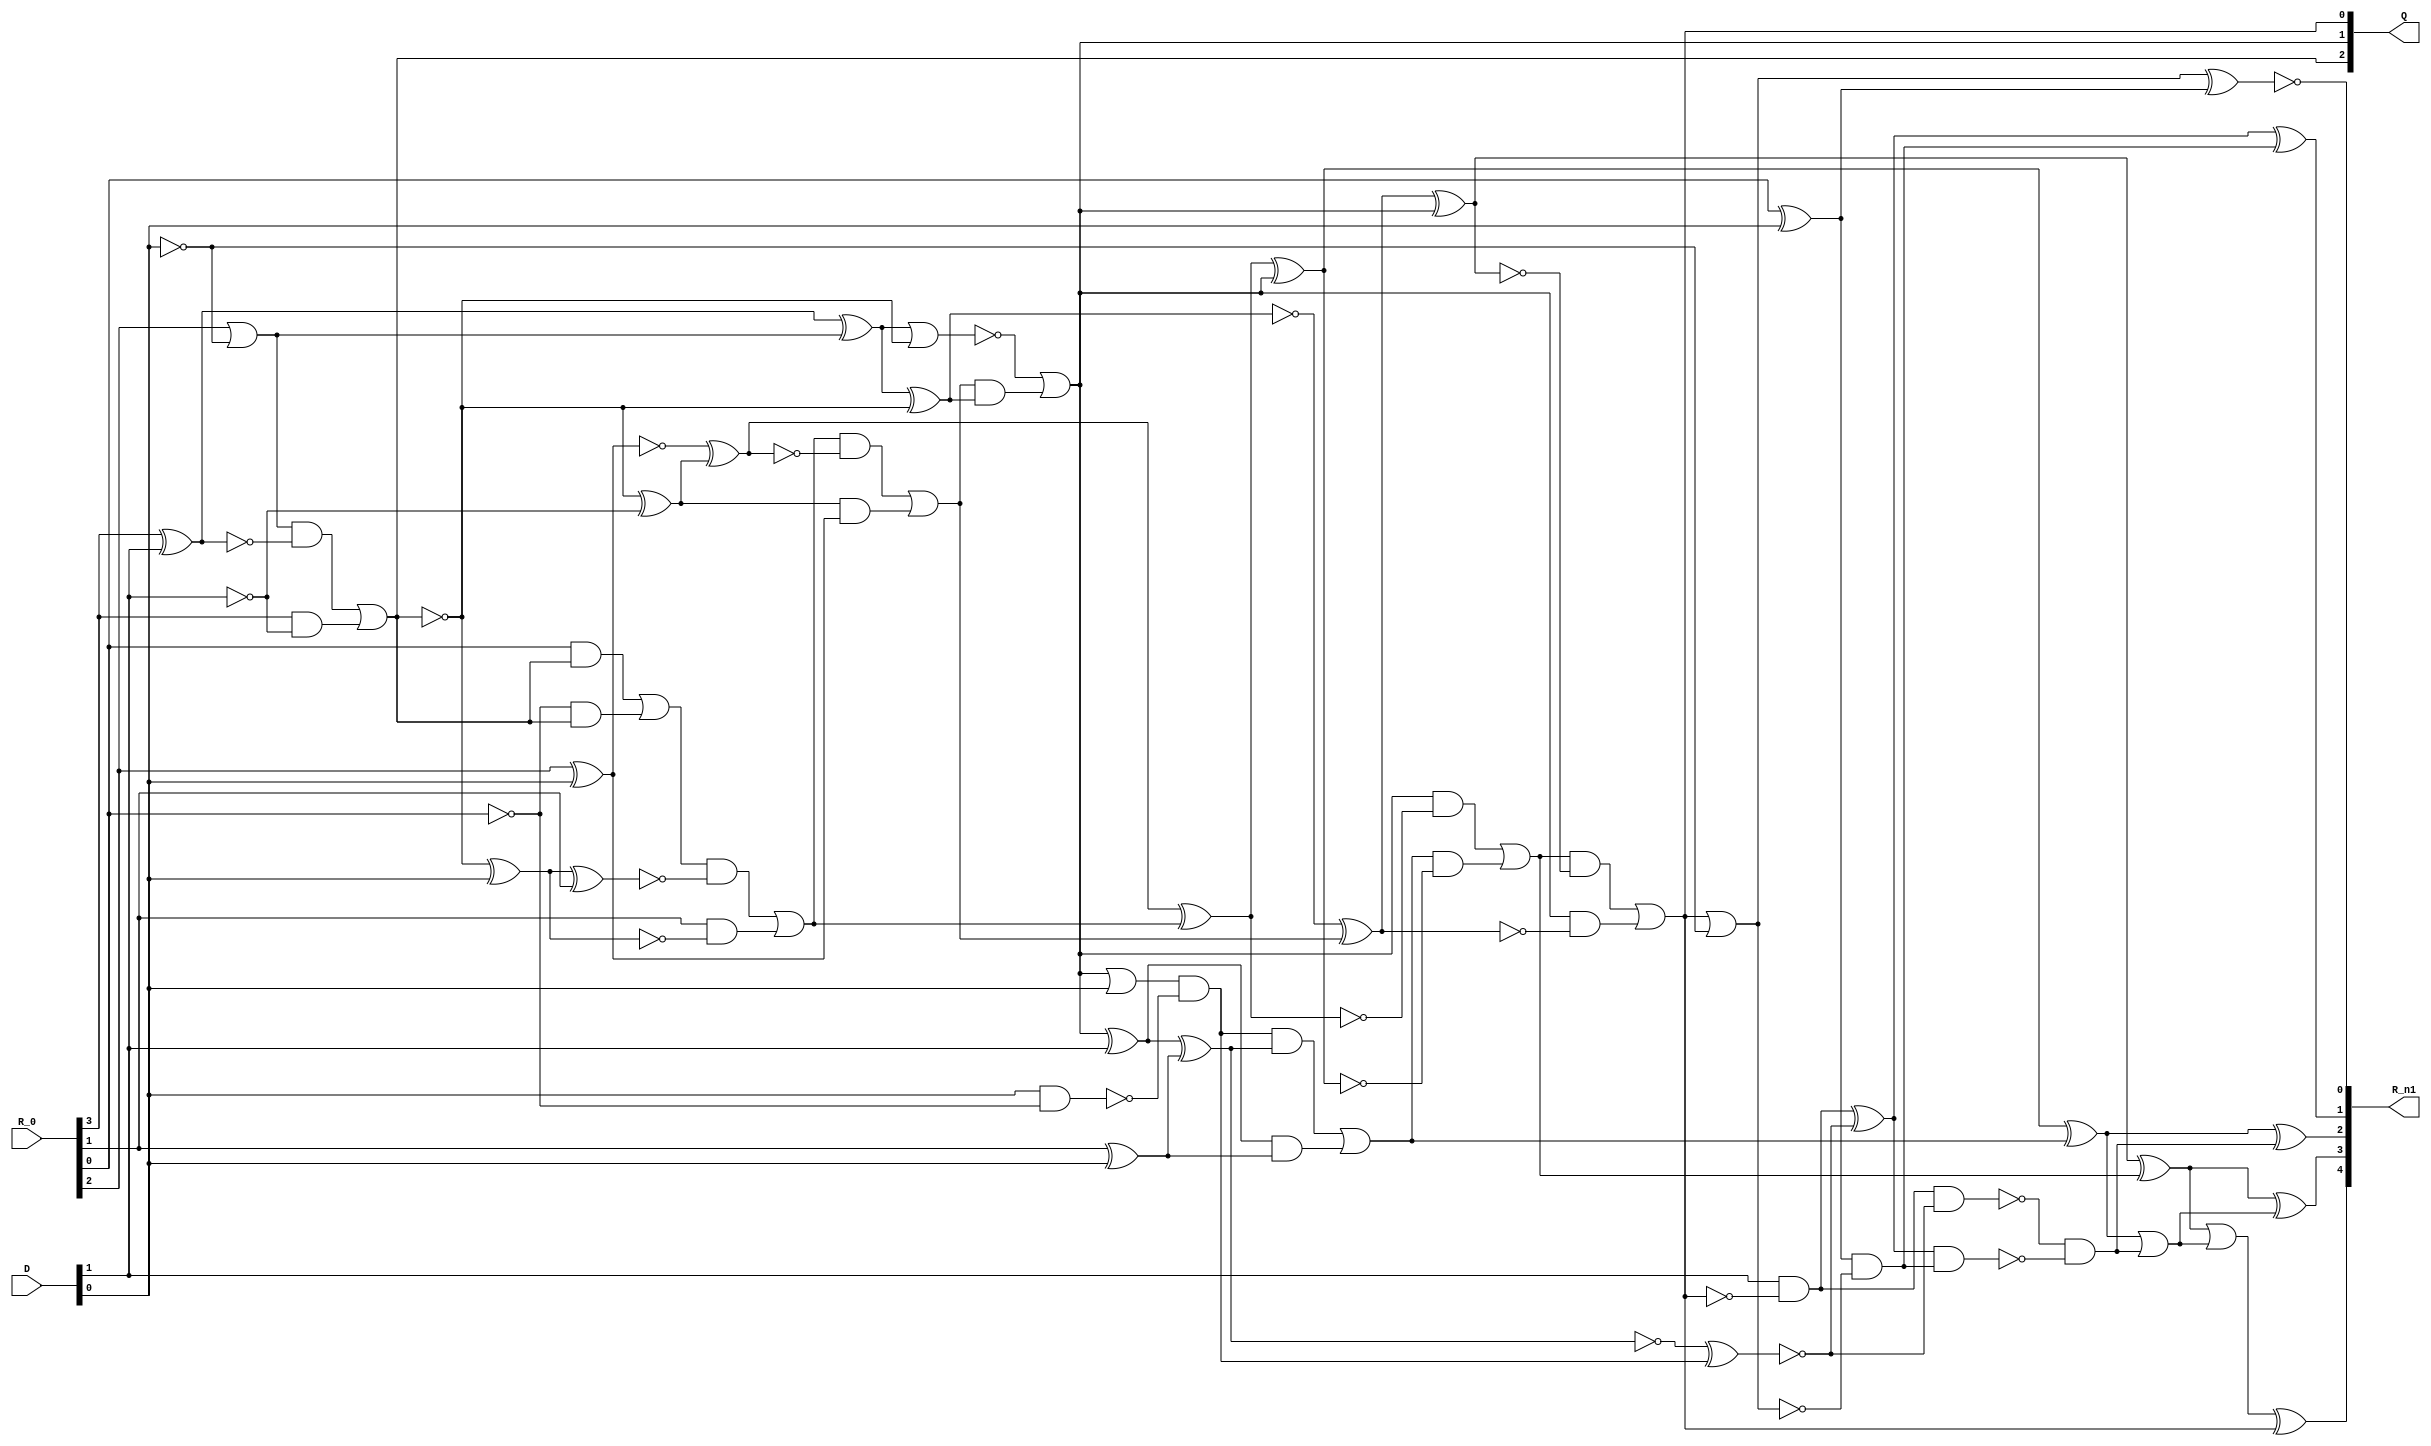
module nonresdiv(D, R_0, Q, R_n1);
  input [1:0] D;
  output [2:0] Q;
  input [3:0] R_0;
  output [4:0] R_n1;
  wire _000_;
  wire _001_;
  wire _002_;
  wire _003_;
  wire _004_;
  wire _005_;
  wire _006_;
  wire _007_;
  wire _008_;
  wire _009_;
  wire _010_;
  wire _011_;
  wire _012_;
  wire _013_;
  wire _014_;
  wire _015_;
  wire _016_;
  wire _017_;
  wire _018_;
  wire _019_;
  wire _020_;
  wire _021_;
  wire _022_;
  wire _023_;
  wire _024_;
  wire _025_;
  wire _026_;
  wire _027_;
  wire _028_;
  wire _029_;
  wire _030_;
  wire _031_;
  wire _032_;
  wire _033_;
  wire _034_;
  wire _035_;
  wire _036_;
  wire _037_;
  wire _038_;
  wire _039_;
  wire _040_;
  wire _041_;
  wire _042_;
  wire _043_;
  wire _044_;
  wire _045_;
  wire _046_;
  wire _047_;
  wire _048_;
  wire _049_;
  wire _050_;
  wire _051_;
  wire _052_;
  wire _053_;
  wire _054_;
  wire _055_;
  wire _056_;
  assign _000_ = R_0[3] & ~(D[1]);
  assign _001_ = R_0[2] | ~(D[0]);
  assign _002_ = R_0[3] ^ D[1];
  assign _003_ = _001_ & ~(_002_);
  assign _004_ = ~(_003_ | _000_);
  assign Q[2] = ~_004_;
  assign _005_ = ~D[1];
  assign _006_ = _004_ ^ _005_;
  assign _007_ = ~(R_0[2] ^ D[0]);
  assign _008_ = _006_ & ~(_007_);
  assign _009_ = _004_ ^ D[0];
  assign _010_ = R_0[1] & ~(_009_);
  assign _011_ = ~R_0[0];
  assign _012_ = _011_ & ~(_004_);
  assign _013_ = R_0[0] & ~(_004_);
  assign _014_ = _013_ | _012_;
  assign _015_ = _009_ ^ R_0[1];
  assign _016_ = _014_ & ~(_015_);
  assign _017_ = _016_ | _010_;
  assign _018_ = _007_ ^ _006_;
  assign _019_ = _017_ & ~(_018_);
  assign _020_ = _019_ | _008_;
  assign _021_ = _002_ ^ _001_;
  assign _022_ = ~(_021_ ^ _004_);
  assign _023_ = _020_ & ~(_022_);
  assign _024_ = ~(_021_ | _004_);
  assign Q[1] = _024_ | _023_;
  assign _025_ = _022_ ^ _020_;
  assign _026_ = Q[1] & ~(_025_);
  assign _027_ = R_0[1] ^ D[0];
  assign _028_ = Q[1] ^ D[1];
  assign _029_ = _028_ & _027_;
  assign _030_ = Q[1] | D[0];
  assign _031_ = D[0] & ~(R_0[0]);
  assign _032_ = _030_ & ~(_031_);
  assign _033_ = ~(_028_ ^ _027_);
  assign _034_ = _032_ & ~(_033_);
  assign _035_ = _034_ | _029_;
  assign _036_ = _018_ ^ _017_;
  assign _037_ = _036_ ^ Q[1];
  assign _038_ = _035_ & ~(_037_);
  assign _039_ = Q[1] & ~(_036_);
  assign _040_ = _039_ | _038_;
  assign _041_ = _025_ ^ Q[1];
  assign _042_ = _040_ & ~(_041_);
  assign Q[0] = _042_ | _026_;
  assign _043_ = _033_ ^ _032_;
  assign _044_ = ~_043_;
  assign _045_ = D[1] & ~(Q[0]);
  assign _046_ = ~(_045_ & _044_);
  assign _047_ = R_0[0] ^ D[0];
  assign _048_ = Q[0] | ~(D[0]);
  assign _049_ = _047_ & ~(_048_);
  assign _050_ = _045_ ^ _044_;
  assign _051_ = _050_ & _049_;
  assign _052_ = _046_ & ~(_051_);
  assign _053_ = _037_ ^ _035_;
  assign _054_ = _053_ | _052_;
  assign _055_ = _041_ ^ _040_;
  assign R_n1[3] = _055_ ^ _054_;
  assign R_n1[0] = ~(_048_ ^ _047_);
  assign R_n1[1] = _050_ ^ _049_;
  assign R_n1[2] = _053_ ^ _052_;
  assign _056_ = _055_ | _054_;
  assign R_n1[4] = _056_ ^ Q[0];
endmodule